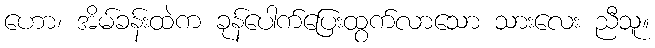
ဟော၊ အိမ်ခန်းထဲက ခုန်ပေါက်ပြေးထွက်လာသော သားလေး ညီသူ။